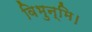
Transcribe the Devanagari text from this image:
विभुन्मि।